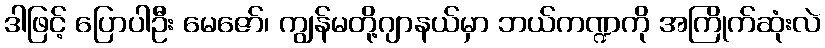
ဒါဖြင့် ပြောပါဦး မေဇော်၊ ကျွန်မတို့ဂျာနယ်မှာ ဘယ်ကဏ္ဍကို အကြိုက်ဆုံးလဲ